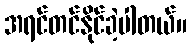
အရင်တင်နိုင်ခဲ့ပါတယ်။